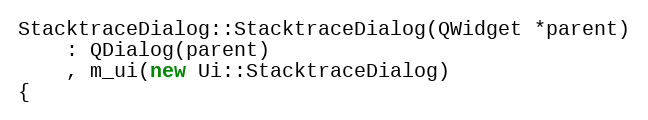
Language: C++
StacktraceDialog::StacktraceDialog(QWidget *parent)
    : QDialog(parent)
    , m_ui(new Ui::StacktraceDialog)
{